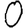
Digit: 0